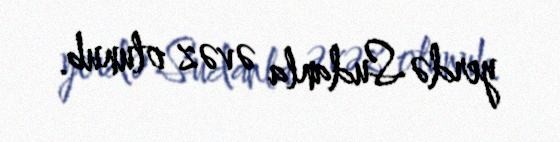
yerdə Sudanla əvəz olunub.